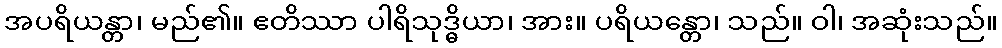
အပရိယန္တာ၊ မည်၏။ ဧတိဿာ ပါရိသုဒ္ဓိယာ၊ အား။ ပရိယန္တော၊ သည်။ ဝါ၊ အဆုံးသည်။